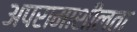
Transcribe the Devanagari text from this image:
अपरामाशीलता